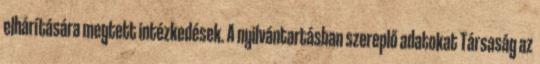
elhárítására megtett intézkedések. A nyilvántartásban szereplő adatokat Társaság az